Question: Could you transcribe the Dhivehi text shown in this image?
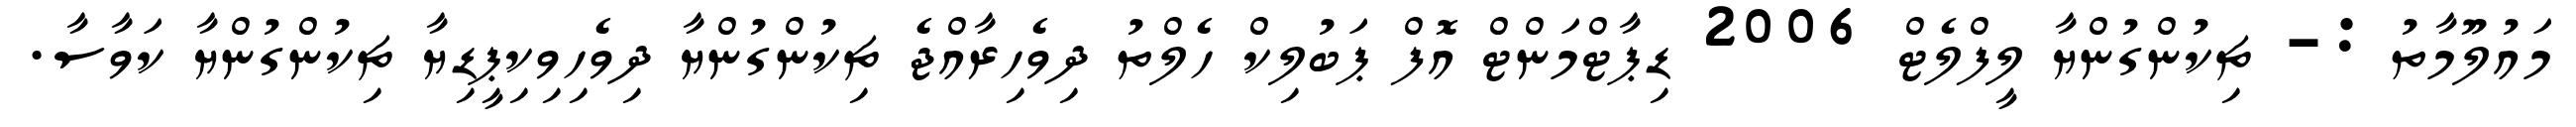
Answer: މައުލޫމާތު :- ޗިކުންގުންޔާ ލީފްލެޓް 2006 ޑިޕާޓްމަންޓް އޮފް ޕަބުލިކް ހެލްތު ދިވެހިރާއްޖެ ޗިކުންގުންޔާ ދިވެހިވިކިޕީޑިޔާ ޗިކުންގުންޔާ ކަވާސާ.